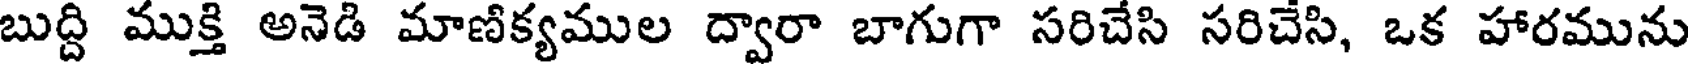
బుద్ది ముక్తి అనెడి మాణిక్యముల ద్వారా బాగుగా సరిచేసి సరిచేసి, ఒక హారమును